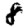
Digit: 8